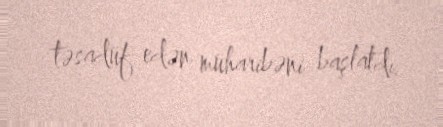
təsadüf edən müharibəni başlatdı.